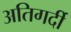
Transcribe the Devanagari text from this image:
अतिगर्दी